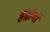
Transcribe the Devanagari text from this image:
हृद्रोगों